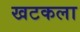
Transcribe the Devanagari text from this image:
खटकला